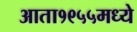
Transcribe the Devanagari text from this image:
आता१९५५मध्ये